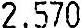
2.570